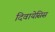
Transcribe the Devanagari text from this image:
दिवायेसिस